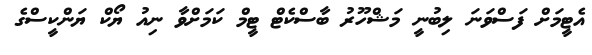
އެޓީމަށް ފަސްވަނަ ލިބުނީ މަޝްހޫރު ބާސްކެޓް ޓީމް ކަމަށްވާ ނިއު ޔޯކް ޔަންކީސްގެ